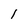
Character: 1